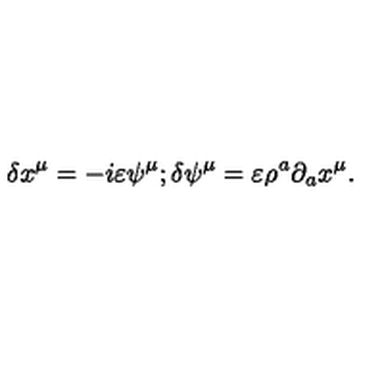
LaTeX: \delta x ^ { \mu } = - i \varepsilon \psi ^ { \mu } ; \delta \psi ^ { \mu } = \varepsilon \rho ^ { a } \partial _ { a } x ^ { \mu } .